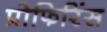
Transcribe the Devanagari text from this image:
प्रोफिरिंस